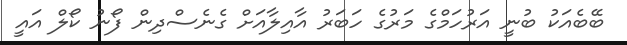
ބޭބެއަކު ބުނީ އަރުހަމްގެ މަރުގެ ހަބަރު އާއިލާއަށް ގެެނެސްދިން ފޯނު ކޯލް އަައީ